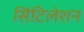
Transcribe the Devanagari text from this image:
सिंटिलेशन